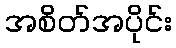
အစိတ်အပိုင်း